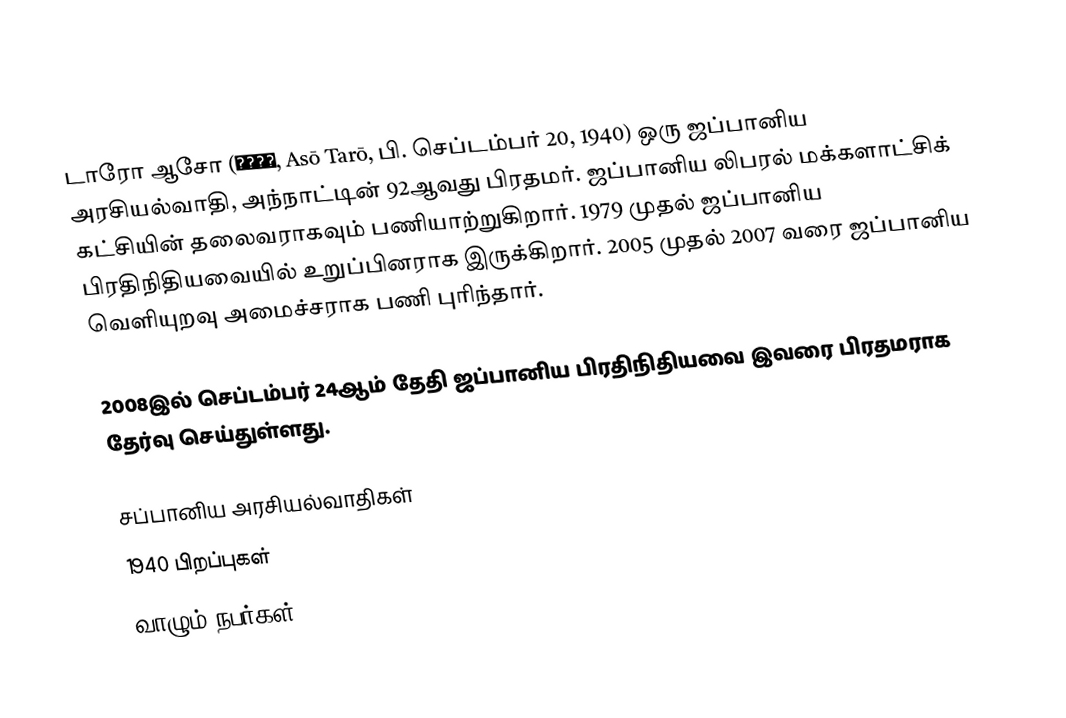
டாரோ ஆசோ (麻生太郎, Asō Tarō, பி. செப்டம்பர் 20, 1940) ஒரு ஜப்பானிய அரசியல்வாதி, அந்நாட்டின் 92ஆவது பிரதமர். ஜப்பானிய லிபரல் மக்களாட்சிக் கட்சியின் தலைவராகவும் பணியாற்றுகிறார். 1979 முதல் ஜப்பானிய பிரதிநிதியவையில் உறுப்பினராக இருக்கிறார். 2005 முதல் 2007 வரை ஜப்பானிய வெளியுறவு அமைச்சராக பணி புரிந்தார்.

2008இல் செப்டம்பர் 24ஆம் தேதி ஜப்பானிய பிரதிநிதியவை இவரை பிரதமராக தேர்வு செய்துள்ளது.

சப்பானிய அரசியல்வாதிகள்
1940 பிறப்புகள்
வாழும் நபர்கள்